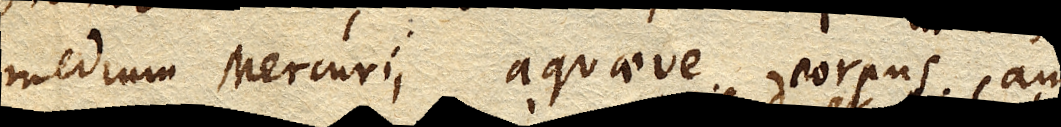
medium Mercurii aquaeve corpus aut